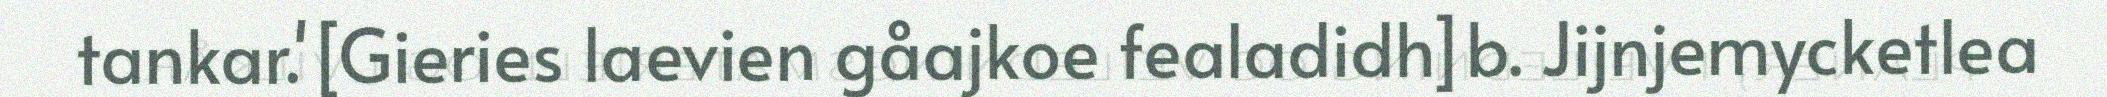
tankar.'[Gieries laevien gåajkoe fealadidh]b. Jijnjemycketlea